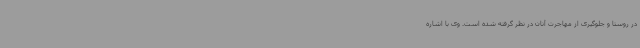
در روستا و جلوگیری از مهاجرت آنان در نظر گرفته شده است. وی با اشاره